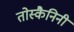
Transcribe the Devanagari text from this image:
तोस्कैनिनी